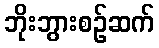
ဘိုးဘွားစဉ်ဆက်